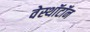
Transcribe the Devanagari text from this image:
वेस्थॉटॉन